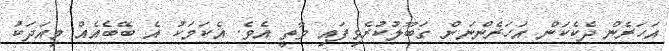
އަހަރެން ދެކެކަން އަހަރެންނަށް ގަބޫލުކުރެވިފައި ވާތީ އެވެ. އެކަމަކު އެ ބޭބެއެއް މިއަދަކު